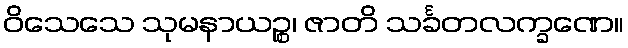
ဝိသေသေ သုမနာယဉ္စ၊ ဇာတိ သင်္ခတလက္ခဏေ။